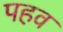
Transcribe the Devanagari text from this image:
पहव